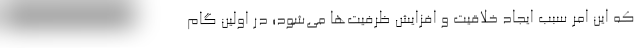
که این امر سبب ایجاد خلاقیت و افزایش ظرفیت‌ها می‌شود؛ در اولین گام